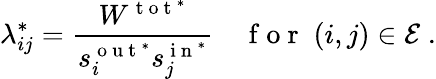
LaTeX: \lambda_{ij}^{*}=\frac{W^{\mathrm{~t~o~t~}^{*}}}{s_{i}^{\mathrm{~o~u~t~}^{*}}s_{j}^{\mathrm{~i~n~}^{*}}}\quad\mathrm{~f~o~r~}\; (i,j)\in\mathcal{E}\; .